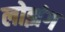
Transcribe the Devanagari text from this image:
लोझंग